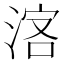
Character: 𣷅